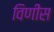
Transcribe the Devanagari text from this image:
विणीस